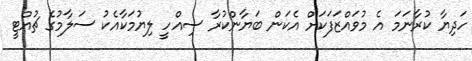
ހަދިޔާ ކުރާނަމަ އެ މުވައްޒަފަކަށް އެކަން ބަޔާންކުރާ ސިއްހީ ލިޔުމަކާއެކު ސަލާމުގެ ޗުއްޓީ